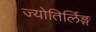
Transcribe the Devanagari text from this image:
ज्योतिर्लिङ्ग